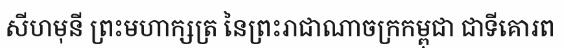
សីហមុនី ព្រះមហាក្សត្រ នៃព្រះរាជាណាចក្រកម្ពុជា ជាទីគោរព